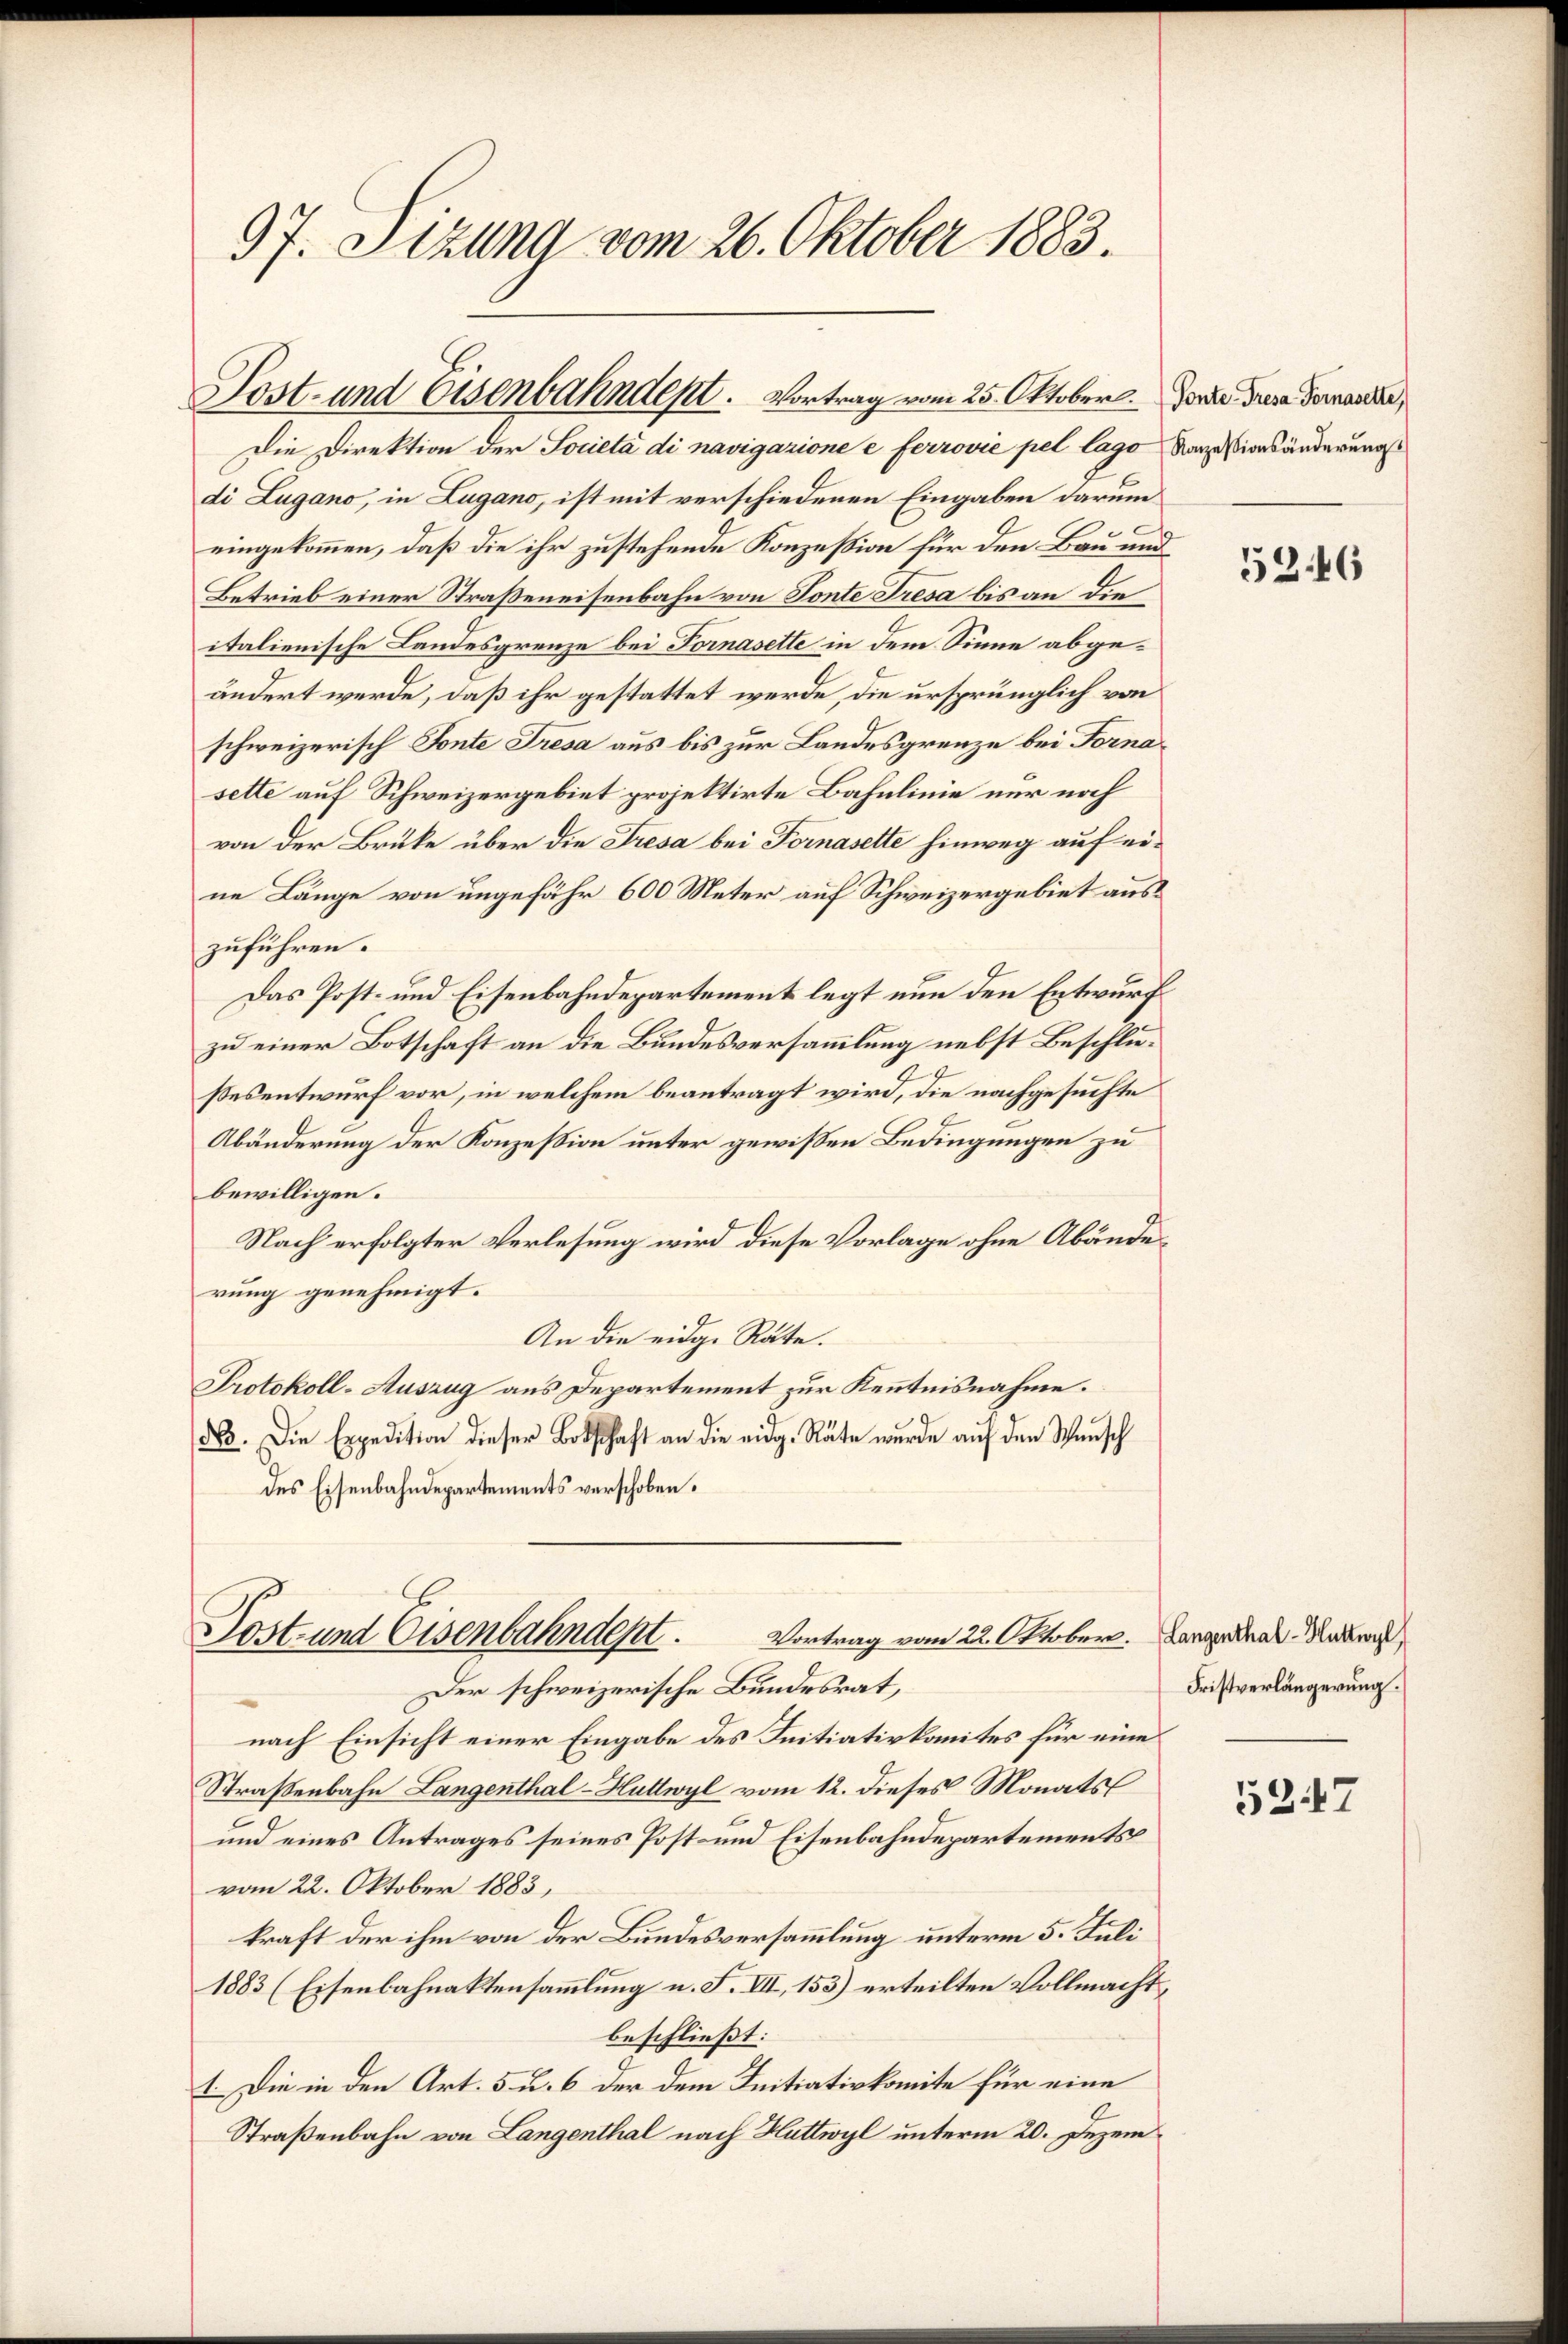
97. Sizung vom 26. Oktober 1883.

di Lugano, in Lugano, ist mit verschiedenen Eingaben darum
eingekommen, daß die ihr zustehende Konzession für den Bau und
Betrieb einer Straßeneisenbahn von Sonte Tresa bis an die
italienische Landesgrenze bei Fornasette in dem Sinne abgeändert werde, daß ihr gestattet werde, die ursprünglich von
schweizerisch Fonte Tresa aus bis zur Landesgrenze bei Forna
sette auf Schweizergebiet projektirte Bahnlinie nur noch
von der Brüke über die Tresa bei Fornasette hinweg auf eine Länge von ungefähr 600 Meter auf Schweizergebiet auszuführen.
Das Post- und Eisenbahndepartement legt nun den Entwurf
zu einer Botschaft an die Bundesversammlung nebst Beschlußesentwurf vor, in welchem beantragt wird, die nachgesuchte
Abänderung der Konzession unter gewissen Bedingungen zu
bewilligen.
Nach erfolgter Verlesung wird diese Vorlage ohne Abänderung genehmigt.
An die eidge Räte.
Protokoll-Auszug aus Departement zur Kenntnisnahme.
86. Die Expedition dieser Botschaft an die eidg. Räte wurde auf den Wunsch
des Eisenbahndepartements verschoben.

Sost- und Eisenbahndent. Vortrag vom 25. Oktober. Forde diese Vorander
Die Direktion der Società di navigazione e ferrović pel lago Rarosionsänderungs

Post- und Eisenbahndept.
Vortrag vom 22. Oktober. Langenthal - Marti
Der schweizerische Bundesrat,

nach Einsicht einer Eingabe des Initiativkomites für eine
Straßenbahn Langenthal-Huttwyl vom 12. dieses Monats
und eines Antrages seines Post- und Eisenbahndepartements
vom 22. Oktober 1883,
kraft der ihm von der Bundesversammlung unterm 5. Juli
1883 (Eisenbahnaktensammlung u. F. VII, 153) erteilten Vollmacht,
beschließt:
1. Die in den Art. 5 u. 6 der dem Initiativkomite für eine
Straßenbahn von Langenthal nach Huttwyl unterm 20. Dezem

5246

Fristverlängerung.

5247